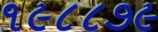
૧૯૮૮૭૯